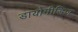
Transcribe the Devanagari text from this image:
डायोमीडिज